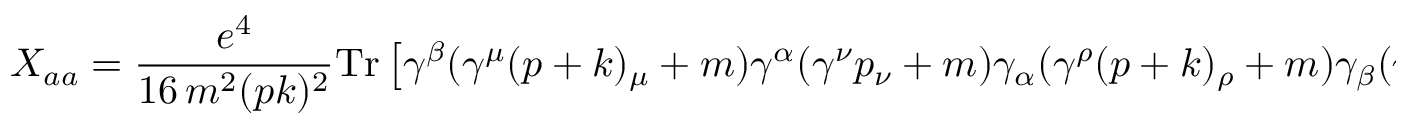
X _ { a a } = { \frac { e ^ { 4 } } { 1 6 \, m ^ { 2 } ( p k ) ^ { 2 } } } \mathrm { T r } \left[ \gamma ^ { \beta } ( \gamma ^ { \mu } ( p + k ) _ { \mu } + m ) \gamma ^ { \alpha } ( \gamma ^ { \nu } p _ { \nu } + m ) \gamma _ { \alpha } ( \gamma ^ { \rho } ( p + k ) _ { \rho } + m ) \gamma _ { \beta } ( \gamma ^ { \lambda } { p ^ { \prime } } _ { \lambda } + m ) \right]